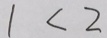
1 < 2